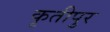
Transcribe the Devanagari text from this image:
कृतीपुर